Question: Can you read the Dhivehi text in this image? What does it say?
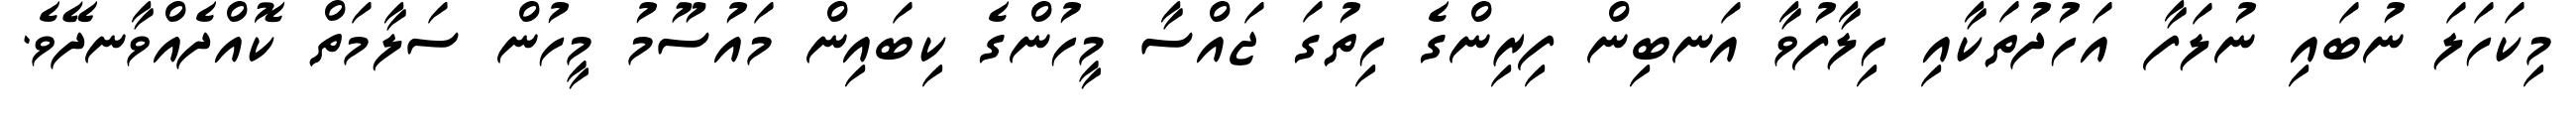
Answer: މިކަހަލަ ނުބައި ނުލަފާ އަހުދުތަކާއި ހިލާފުވާ އަނބިން ފިރިންގެ ހިތުގަ ޖައްސާ މީހުންގެ ކިބައިން މައުސޫމު މީހުން ސަލާމަތް ކޮއްދެއްވާނދޭވެ.